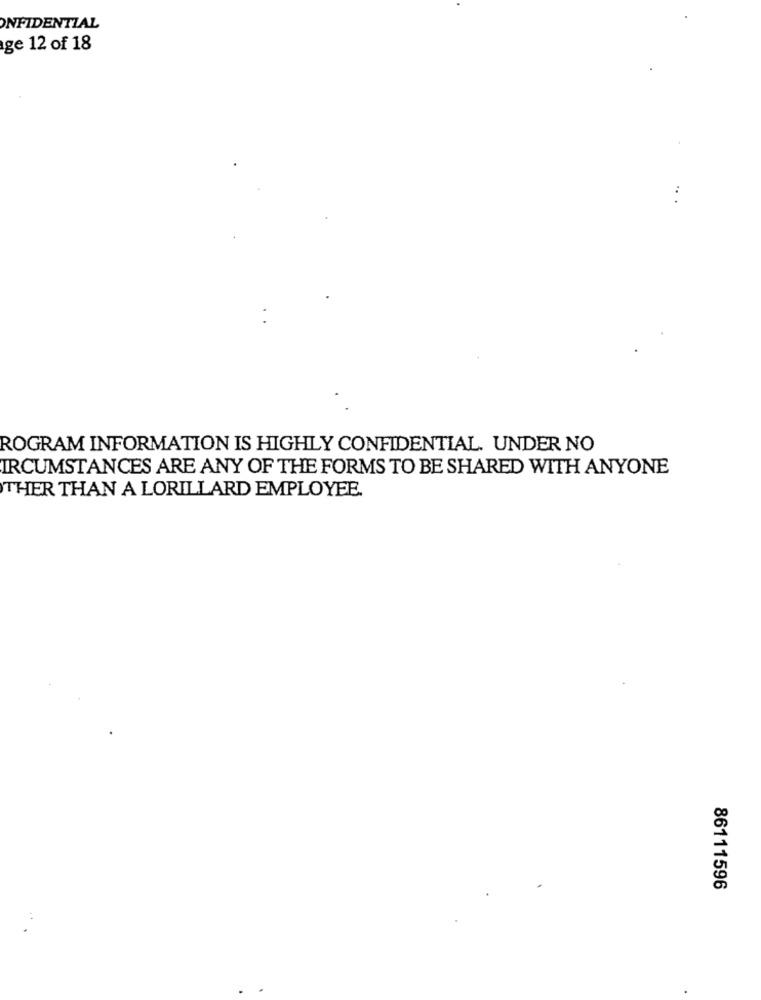
ONFIDENTIAL
ge 12 of 18
ROGRAM INFORMATION IS HIGHLY CONFIDENTIAL. UNDER NO
IRCUMSTANCES ARE ANY OF THE FORMS TO BE SHARED WITH ANYONE
THER THAN A LORILLARD EMPLOYEE.
86111596